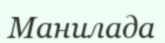
Манилада